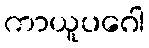
ကာယူပဂေါ